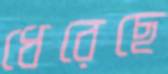
ধেরেছে